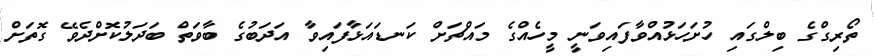
ތޯރިގްގެ ބިލްގައި ހުށަހަޅުއްވާފައިވަނީ މީހެއްގެ މައްޗަށް ކަނޑައަޅާފައިވާ އަދަބުގެ ބާވަތް ބަދަލުކޮށްދެވޭ ގޮތަށް